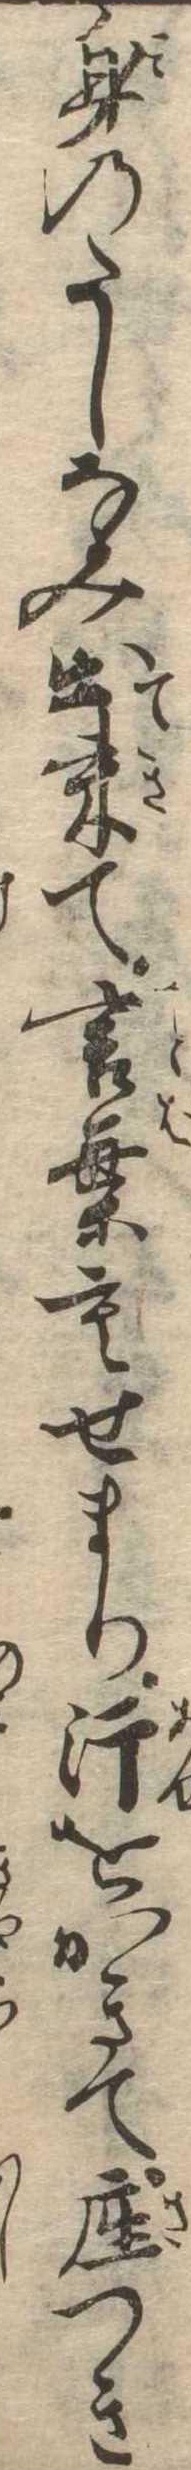
身のたしなみ出来て言葉もせまり汗をかきて座つき